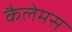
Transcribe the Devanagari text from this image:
कैलेमस